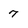
Character: 7